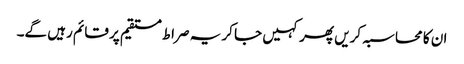
ان کا محاسبہ کریں پھر کہیں جا کر یہ صراط مستقیم پر قائم رہیں گے۔